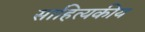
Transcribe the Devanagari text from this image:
साहित्यकीय